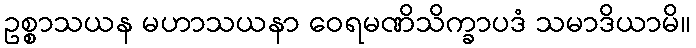
ဥစ္စာသယန မဟာသယနာ ဝေရမဏိသိက္ခာပဒံ သမာဒိယာမိ။